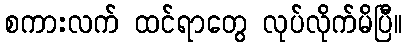
စကားလက် ထင်ရာတွေ လုပ်လိုက်မိပြီ။